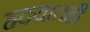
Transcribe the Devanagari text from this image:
ह्रदयातही